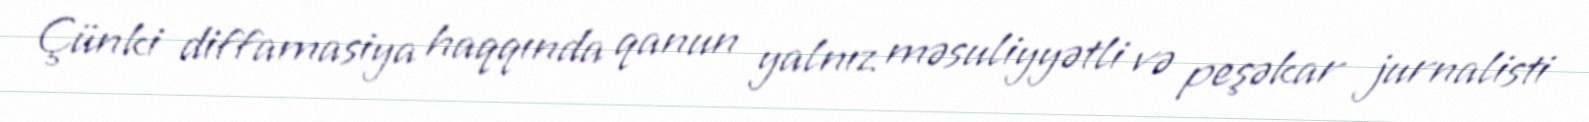
Çünki diffamasiya haqqında qanun yalnız məsuliyyətli və peşəkar jurnalisti